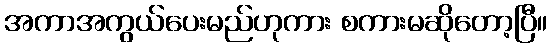
အကာအကွယ်ပေးမည်ဟုကား စကားမဆိုတော့ပြီ။